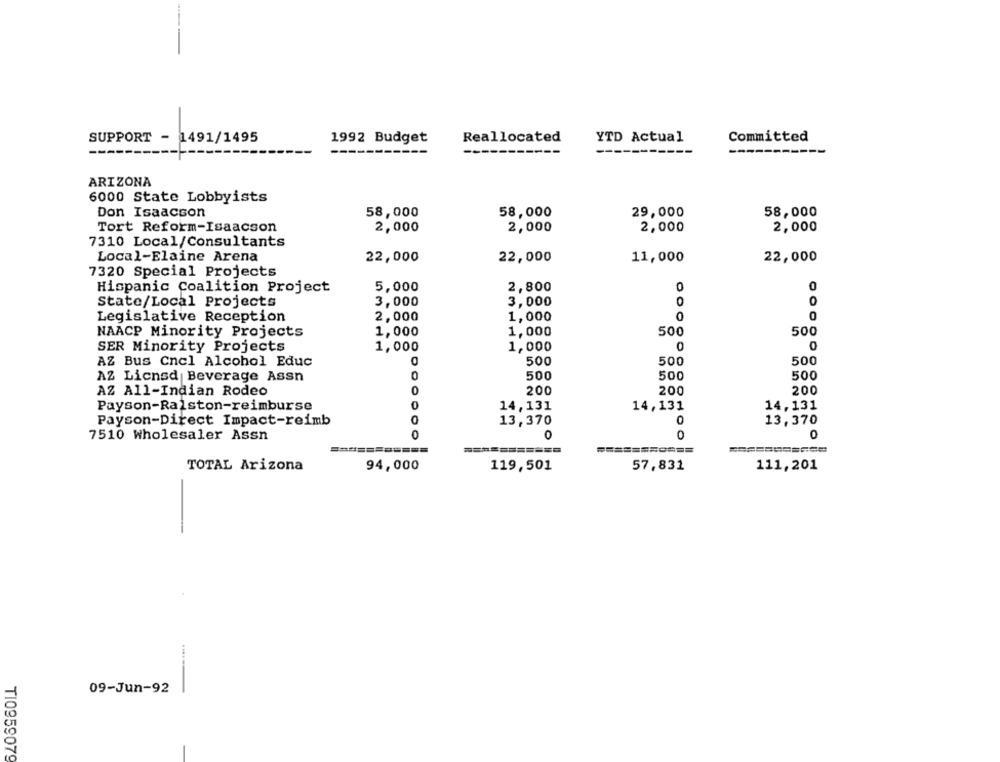
SUPPORT - 1491/1495
Reallocated
YTD Actual
Committed
1992 Budget
-----
ARIZONA
6000 State Lobbyists
Don Isaacson
58,000
58,000
29,000
58,000
Tort Reform-Isaacson
2,000
2,000
2,000
2,000
7310 Local/Consultants
Local-Elaine Arena
22,000
22,000
11,000
22,000
7320 Special Projects
Hispanic Coalition Project
5,000
2,800
0
State/Local Projects
3,000
3,000
0
Legislative Reception
2,000
1,000
0
0
NAACP Minority Projects
1,000
1,000
500
500
SER Minority Projects
1,000
1,000
0
0
AZ Bus Cncl Alcohol Educ
500
500
500
AZ Licnsd Beverage Assn
0
500
500
500
AZ All-Indian Rodeo
0
200
200
200
0
Payson-Ralston-reimburse
14,131
14,131
14,131
0
Payson-Direct Impact-reimb
13,370
13,370
0
0
7510 Wholesaler Assn
0
=======
57,831
TOTAL Arizona
94,000
119,501
111,201
-
09-Jun-92
T10959079